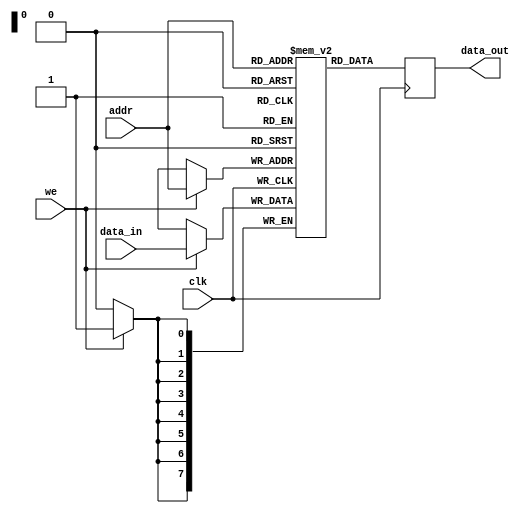
module single_port_ram #(
    parameter DATA_WIDTH = 8,  // Bit-width of each memory word
    parameter ADDR_WIDTH = 8    // Number of address lines
) (
    input  wire clk,            // Clock signal
    input  wire we,             // Write enable signal
    input  wire [ADDR_WIDTH-1:0] addr, // Address input
    input  wire [DATA_WIDTH-1:0] data_in, // Data input
    output reg  [DATA_WIDTH-1:0] data_out  // Data output
);
    
    // Calculate depth based on address width
    localparam DEPTH = 1 << ADDR_WIDTH; // 2^ADDR_WIDTH

    // Memory array declaration
    reg [DATA_WIDTH-1:0] ram [0:DEPTH-1]; // 2D Array to hold memory

    // Synchronous read and write operations
    always @(posedge clk) begin
        if (we) begin
            // Write operation
            ram[addr] <= data_in;
        end
        // Read operation (can occur simultaneously)
        data_out <= ram[addr];
    end

    // Optionally include reset logic to initialize RAM or clear it
    // Reset can clear the RAM or set it to predefined values
    // Uncomment the following lines if reset functionality is desired
    /*
    input wire rst, // Active high reset signal
    always @(posedge rst or posedge clk) begin
        if (rst) begin
            integer i;
            for (i = 0; i < DEPTH; i = i + 1) begin
                ram[i] <= 0; // Initialize all memory locations to zero
            end
        end else begin
            if (we) begin
                ram[addr] <= data_in; // Write operation
            end
            data_out <= ram[addr]; // Read operation
        end
    end
    */
    
endmodule